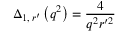
\Delta _ { 1 , \, r ^ { \prime } } \left( q ^ { 2 } \right) = \frac { 4 } { q ^ { 2 } r ^ { \prime 2 } }